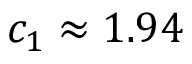
c _ { 1 } \approx 1 . 9 4